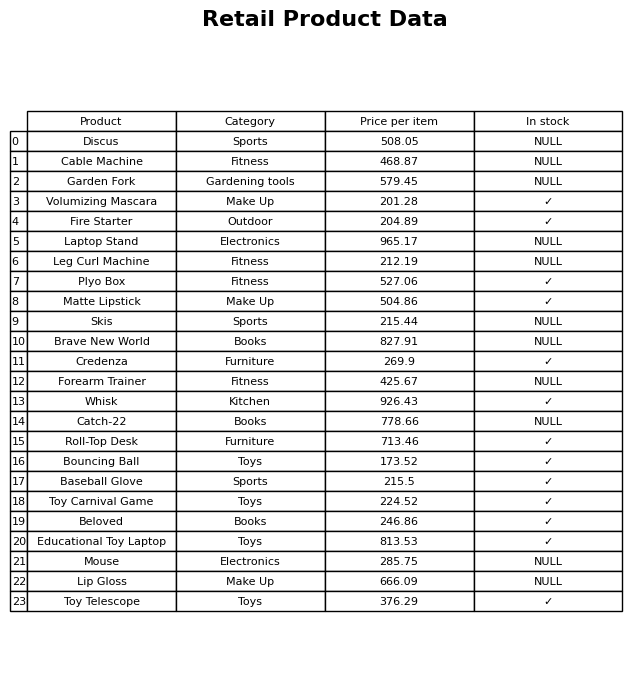
question: What is the price of the Roll-Top Desk?
answer: The price of Roll-Top Desk is 713.46.